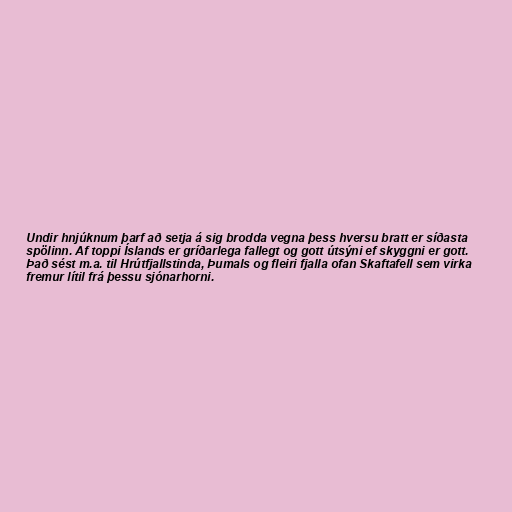
Undir hnjúknum þarf að setja á sig brodda vegna þess hversu bratt er síðasta
spölinn. Af toppi Íslands er gríðarlega fallegt og gott útsýni ef skyggni er gott.
Það sést m.a. til Hrútfjallstinda, Þumals og fleiri fjalla ofan Skaftafell sem virka
fremur lítil frá þessu sjónarhorni.